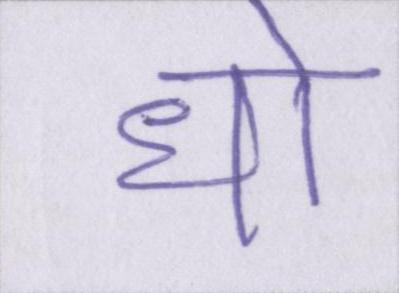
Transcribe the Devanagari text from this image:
धो